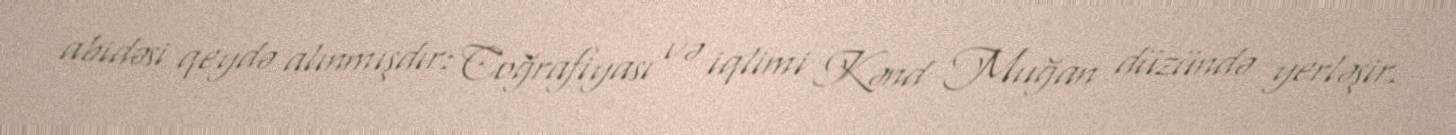
abidəsi qeydə alınmışdır: Coğrafiyası və iqlimi Kənd Muğan düzündə yerləşir.